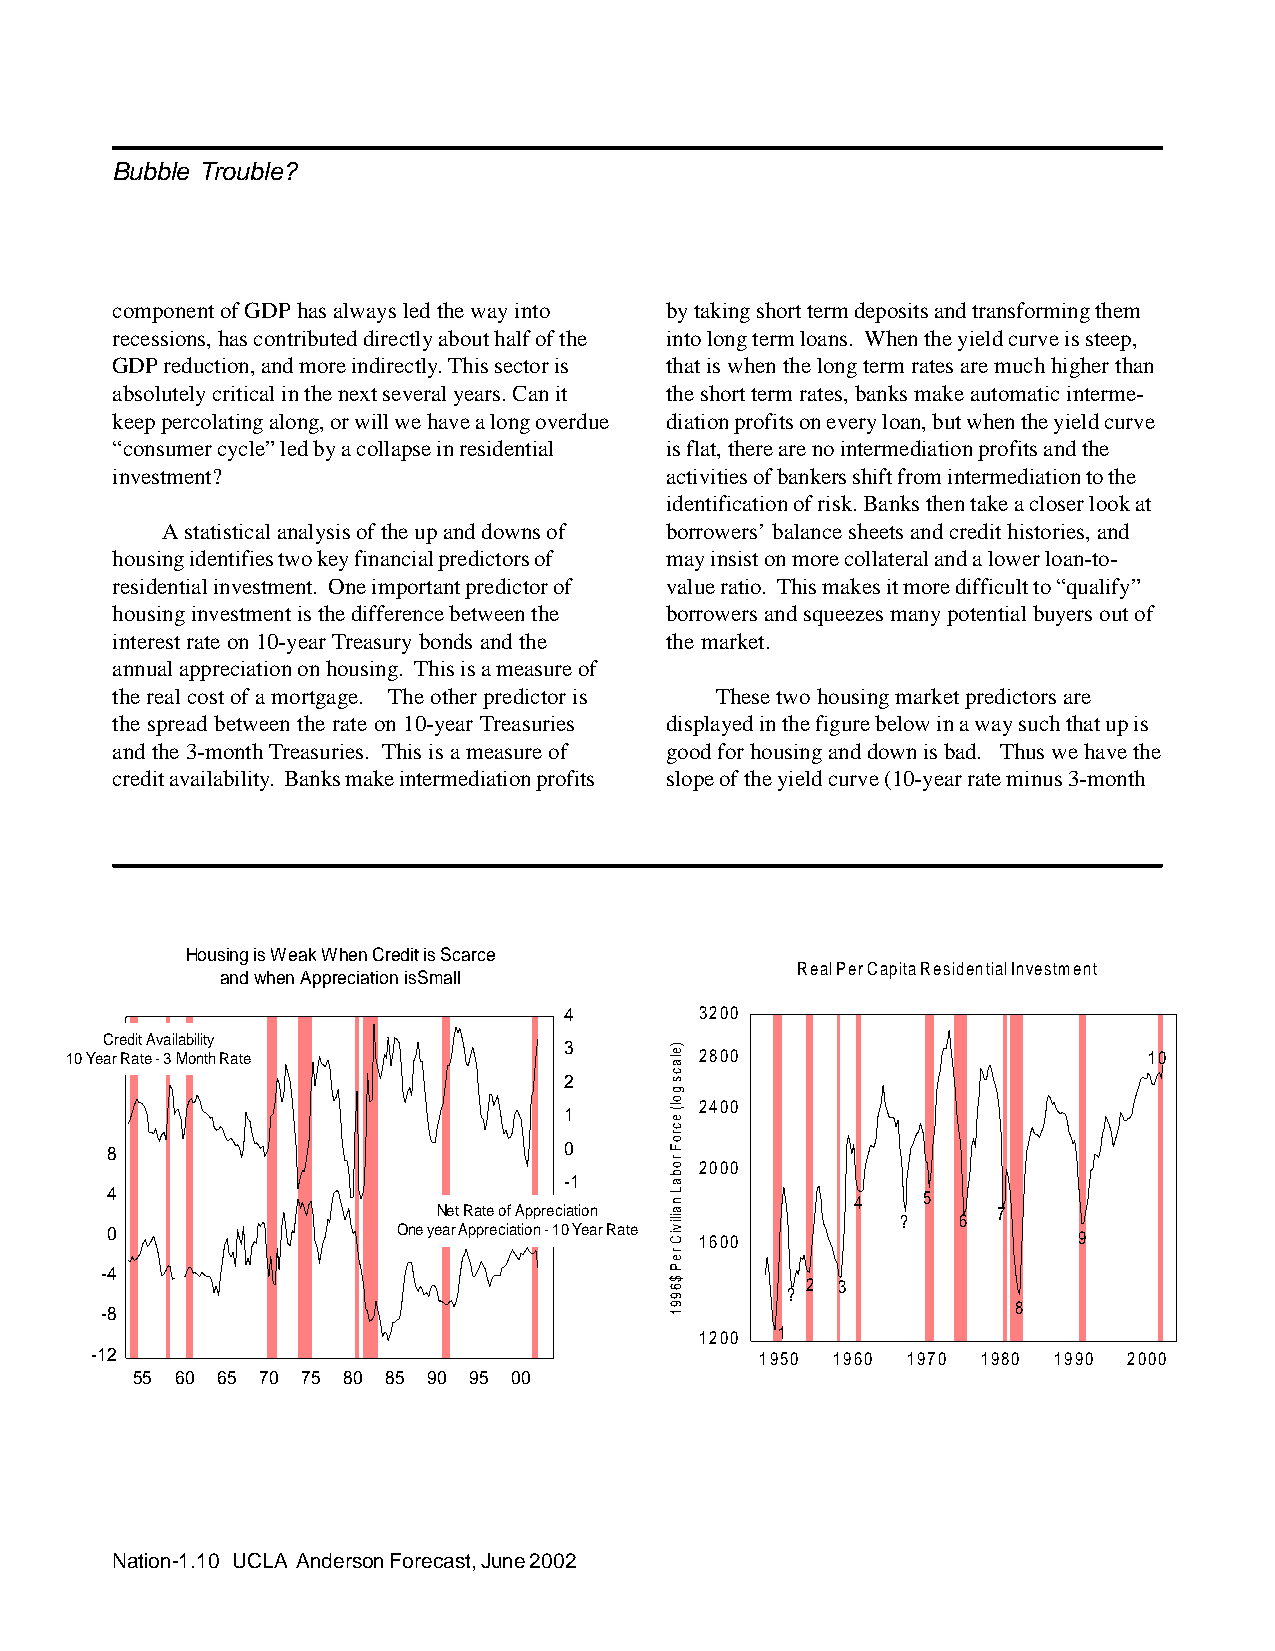
Bubble Trouble?
 component of GDP has always led the way into by taking short term deposits and transforming them
 recessions, has contributed directly about half of the into long term loans. When the yield curve is steep,
 GDP reduction, and more indirectly. This sector is that is when the long term rates are much higher than
 absolutely critical in the next several years. Can it the short term rates, banks make automatic interme-
 keep percolating along, or will we have a long overdue diation profits on every loan, but when the yield curve
 “consumer cycle” led by a collapse in residential is flat, there are no intermediation profits and the
 investment?                          activities of bankers shift from intermediation to the
 identification of risk. Banks then take a closer look at
 A statistical analysis of the up and downs of borrowers’ balance sheets and credit histories, and
 housing identifies two key financial predictors of may insist on more collateral and a lower loan-to-
 residential investment. One important predictor of value ratio. This makes it more difficult to “qualify”
 housing investment is the difference between the borrowers and squeezes many potential buyers out of
 interest rate on 10-year Treasury bonds and the the market.
 annual appreciation on housing. This is a measure of
 the real cost of a mortgage. The other predictor is These two housing market predictors are
 the spread between the rate on 10-year Treasuries displayed in the figure below in a way such that up is
 and the 3-month Treasuries. This is a measure of good for housing and down is bad. Thus we have the
 credit availability. Banks make intermediation profits slope of the yield curve (10-year rate minus 3-month
 Housing is Weak When Credit is Scarce
 Real Per Capita Residential Investment
 and when Appreciation isSmall
 4        3200
 Credit Availability
 3 10 Year Rate - 3 Month Rate 2800     10
 2
 2400
 1
 8                             0
 2000
 -1
 4                                                 4   5
 Net Rate of Appreci-a2tion
 ?   6
 7
 0                  One year Appreciation - 10 Year Rate 1600    9
 -4
 2 3
 ?
 -8                                                          8
 1200  1
 -12                                         1950 1960 1970 1980 1990 2000
 55 60 65 70 75 80 85 90 95 00
 Nation-1.10 UCLA Anderson Forecast, June 2002
 )elacs
 gol(
 ecroF
 robaL
 nailiviC
 reP
 $6991